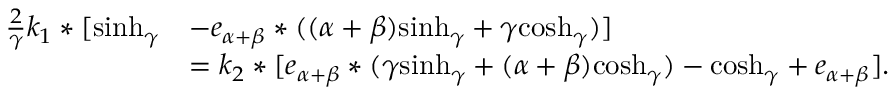
\begin{array} { r l } { \textstyle { \frac 2 \gamma } { k _ { 1 } } * [ { \sinh _ { \gamma } } } & { - { e _ { \alpha + \beta } } * ( ( \alpha + \beta ) { \sinh _ { \gamma } } + \gamma { \cosh _ { \gamma } } ) ] } \\ & { = { k _ { 2 } } * [ { e _ { \alpha + \beta } } * ( \gamma { \sinh _ { \gamma } } + ( \alpha + \beta ) { \cosh _ { \gamma } } ) - { \cosh _ { \gamma } } + e _ { \alpha + \beta } ] . } \end{array}